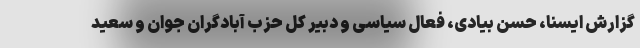
گزارش ایسنا، حسن بیادی، فعال سیاسی و دبیر کل حزب آبادگران جوان و سعید